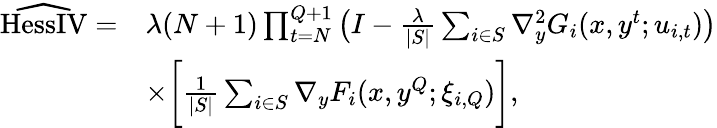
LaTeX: \begin{array}{rl}{\widehat{\mathrm{HessIV}}=}&{\lambda(N+1)\prod_{t=N}^{Q+1}\big(I-\frac{\lambda}{|S|}\sum_{i\in S}\nabla_{y}^{2}G_{i}(x,y^{t};u_{i,t})\big)}\\ &{\times\bigg[\frac{1}{|S|}\sum_{i\in S}\nabla_{y}F_{i}(x,y^{Q};\xi_{i,Q})\bigg],}\end{array}